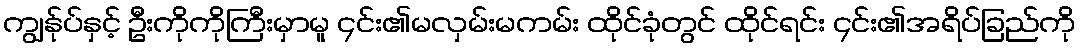
ကျွန်ုပ်နှင့် ဦးကိုကိုကြီးမှာမူ ၄င်း၏မလှမ်းမကမ်း ထိုင်ခုံတွင် ထိုင်ရင်း ၄င်း၏အရိပ်ခြည်ကို